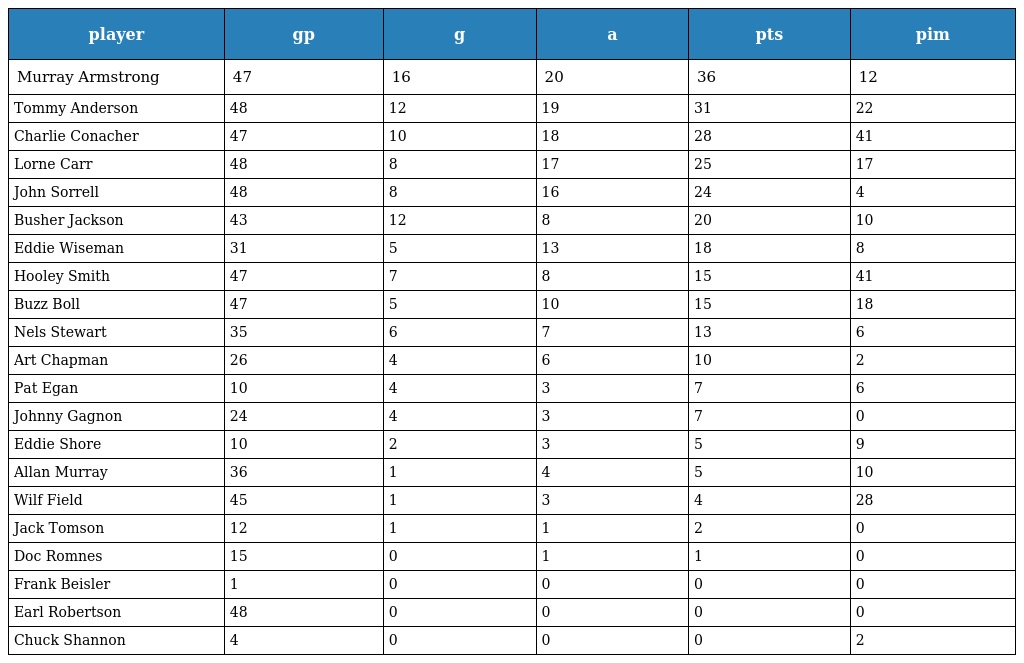
| player | gp | g | a | pts | pim |
 | --- | --- | --- | --- | --- | --- |
 | Murray Armstrong | 47 | 16 | 20 | 36 | 12 |
 | Tommy Anderson | 48 | 12 | 19 | 31 | 22 |
 | Charlie Conacher | 47 | 10 | 18 | 28 | 41 |
 | Lorne Carr | 48 | 8 | 17 | 25 | 17 |
 | John Sorrell | 48 | 8 | 16 | 24 | 4 |
 | Busher Jackson | 43 | 12 | 8 | 20 | 10 |
 | Eddie Wiseman | 31 | 5 | 13 | 18 | 8 |
 | Hooley Smith | 47 | 7 | 8 | 15 | 41 |
 | Buzz Boll | 47 | 5 | 10 | 15 | 18 |
 | Nels Stewart | 35 | 6 | 7 | 13 | 6 |
 | Art Chapman | 26 | 4 | 6 | 10 | 2 |
 | Pat Egan | 10 | 4 | 3 | 7 | 6 |
 | Johnny Gagnon | 24 | 4 | 3 | 7 | 0 |
 | Eddie Shore | 10 | 2 | 3 | 5 | 9 |
 | Allan Murray | 36 | 1 | 4 | 5 | 10 |
 | Wilf Field | 45 | 1 | 3 | 4 | 28 |
 | Jack Tomson | 12 | 1 | 1 | 2 | 0 |
 | Doc Romnes | 15 | 0 | 1 | 1 | 0 |
 | Frank Beisler | 1 | 0 | 0 | 0 | 0 |
 | Earl Robertson | 48 | 0 | 0 | 0 | 0 |
 | Chuck Shannon | 4 | 0 | 0 | 0 | 2 |